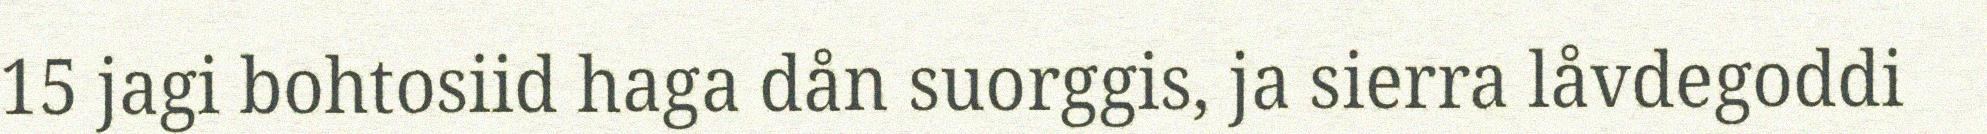
15 jagi bohtosiid haga dån suorggis, ja sierra låvdegoddi